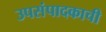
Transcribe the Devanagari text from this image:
उपसंपादकाची